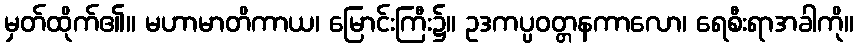
မှတ်ထိုက်၏။ မဟာမာတိကာယ၊ မြောင်းကြီး၌။ ဥဒကပ္ပဝတ္တနကာလော၊ ရေစီးရာအခါကို။